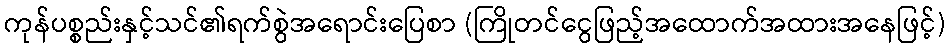
ကုန်ပစ္စည်းနှင့်သင်၏ရက်စွဲအရောင်းပြေစာ (ကြိုတင်ငွေဖြည့်အထောက်အထားအနေဖြင့်)